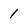
Character: 1